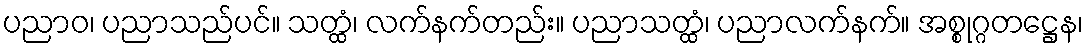
ပညာဝ၊ ပညာသည်ပင်။ သတ္ထံ၊ လက်နက်တည်း။ ပညာသတ္ထံ၊ ပညာလက်နက်။ အစ္စုဂ္ဂတဋ္ဌေန၊